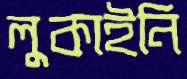
লুকাইনি